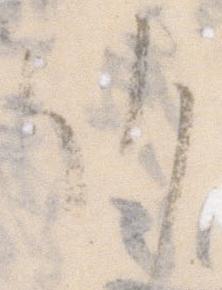
候